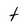
Character: t